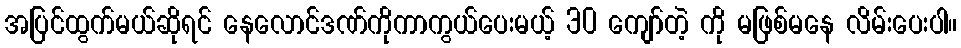
အပြင်ထွက်မယ်ဆိုရင် နေလောင်ဒဏ်ကိုကာကွယ်ပေးမယ့် 30 ကျော်တဲ့ ကို မဖြစ်မနေ လိမ်းပေးပါ။